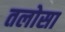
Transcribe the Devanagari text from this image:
तलोसा